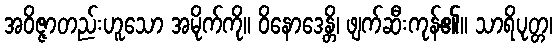
အဝိဇ္ဇာတည်းဟူသော အမိုက်ကို။ ဝိနောဒေန္တိ၊ ဖျက်ဆီးကုန်၏။ သာရိပုတ္တ၊